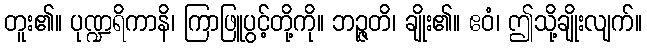
တူး၏။ ပုဏ္ဍရိကာနိ၊ ကြာဖြူပွင့်တို့ကို။ ဘဉ္ဇတိ၊ ချိုး၏။ ဧဝံ၊ ဤသို့ချိုးလျက်။